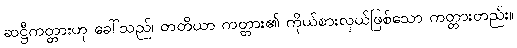
ဆဋ္ဌီကတ္တားဟု ခေါ်သည်၊ တတိယာ ကတ္တား၏ ကိုယ်စားလှယ်ဖြစ်သော ကတ္တားတည်း။